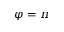
\varphi = \pi